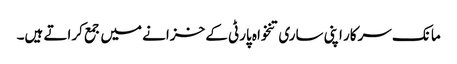
مانک سرکار اپنی ساری تنخواہ پارٹی کے خزانے میں جمع کراتے ہیں۔